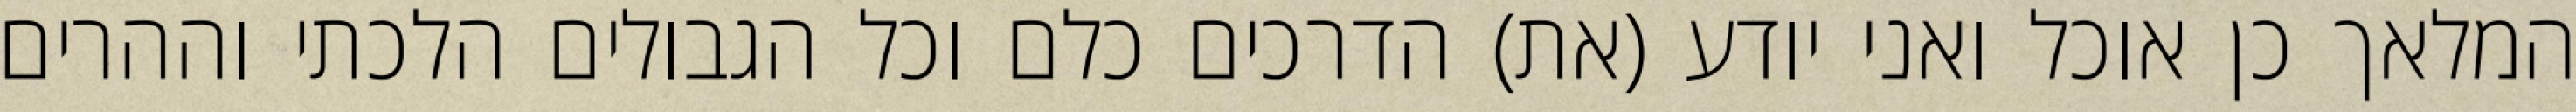
המלאך כן אוכל ואני יודע (את) הדרכים כלם וכל הגבולים הלכתי וההרים